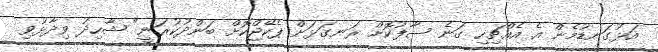
އަޅުގަނޑުމެން އެ އެއްޗިހި ގަނެ ސާފުކޮށް ރަނގަޅަށް ޕެކޭޖްކޮށް ބަންދުކުރަނީ" ޝާހިދު ވިދާޅުވި